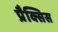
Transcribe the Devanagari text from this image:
प्रैक्सिस